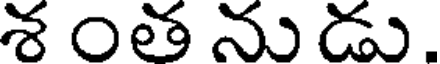
శ ంత ను డు.